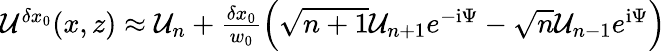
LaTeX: \begin{array}{r}{\mathcal{U}^{\delta x_{0}}(x,z)\approx\mathcal{U}_{n}+\frac{\delta x_{0}}{w_{0}}\left(\sqrt{n+1}\mathcal{U}_{n+1}e^{-\mathrm{i}\Psi}-\sqrt{n}\mathcal{U}_{n-1}e^{\mathrm{i}\Psi}\right)}\end{array}